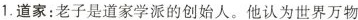
1.道家：老子是道家学派的创始人。他认为世界万物